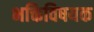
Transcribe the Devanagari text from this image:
भक्तिविषयक